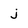
Character: j